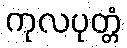
ကုလပုတ္တံ